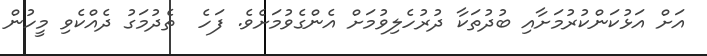
އަށް އަޅުކަންކުރުމަށާއި ބުދުތަކާ ދުރުހެލިވުމަށް އެންގެވުމަށެވެ. ފަހެ  ތެދުމަގު ދެއްކެވި މީހުން